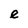
Character: e